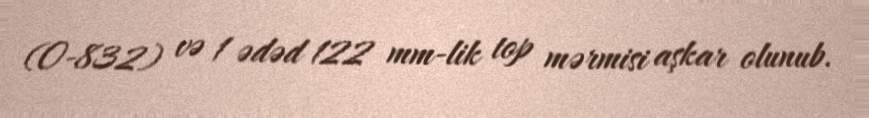
(O-832) və 1 ədəd 122 mm-lik top mərmisi aşkar olunub.